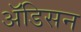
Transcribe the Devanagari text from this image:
ॲडिसन